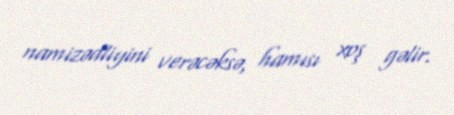
namizədliyini verəcəksə, hamısı xoş gəlir.